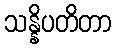
သန္နိပတိတာ